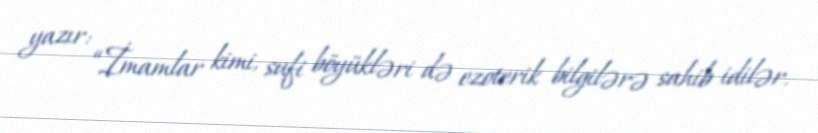
yazır: “İmamlar kimi, sufi böyükləri də ezoterik bilgilərə sahib idilər.